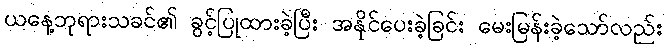
ယနေ့ဘုရားသခင်၏ ခွင့်ပြုထားခဲ့ပြီး အနိုင်ပေးခဲ့ခြင်း မေးမြန်းခဲ့သော်လည်း